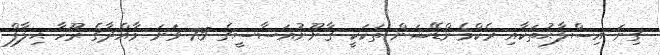
ގިނަ އިސްލާޙުތަކާއި ރެކްމެންޑޭޝަން ތަކަކީ ޤާނޫނުއަސާސީގެ 75 ވަނަ މާއްދާގެ ރޫހާ ޙިލާފް